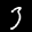
Label: 3